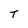
Character: T